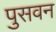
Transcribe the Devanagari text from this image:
पुसवन